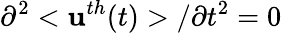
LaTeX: \partial^{2}<\mathbf{u}^{th}(t)>/\partial t^{2}=0